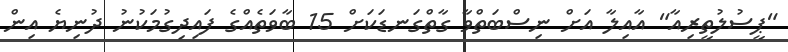
"ޕީސުލުތީރިއާ" އާއިލާ އަށް ނިސްބަތްވާ ގާތްގަނޑަކަށް 15 ބާވަތެއްްގެ ފައިދިގުމަކުނު ދުނިޔެ އިން